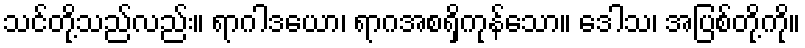
သင်တို့သည်လည်း။ ရာဂါဒယော၊ ရာဂအစရှိကုန်သော။ ဒေါသ၊ အပြစ်တို့ကို။